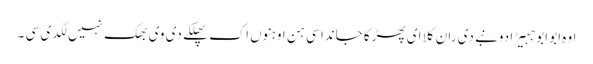
اوہ ابو ابو جہیڑا دونبے دی ران کلا ای پھڑکا جاندا سی ہن اوہنوں اک پھلکے دی وی بھک نہیں لگدی سی ۔